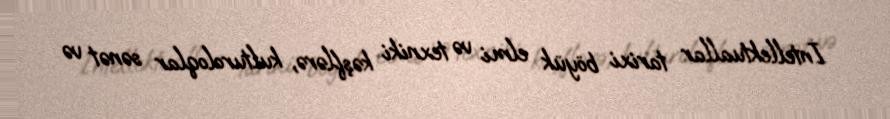
İntellektuallar tarixi böyük elmi və texniki kəşflərə, kulturoloqlar sənət və